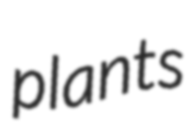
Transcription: plants